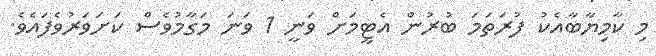
މި ކާމިޔާބާއެކު ފުރަތަމަ ބުރުން އެޓީމަށް ވަނީ 1 ވަނަ މަގާމުވެސް ކަށަވަރުވެފައެވެ.